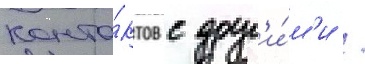
конта́ктов с друг'и́м'и /